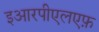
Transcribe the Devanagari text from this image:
इआरपीएलएफ़